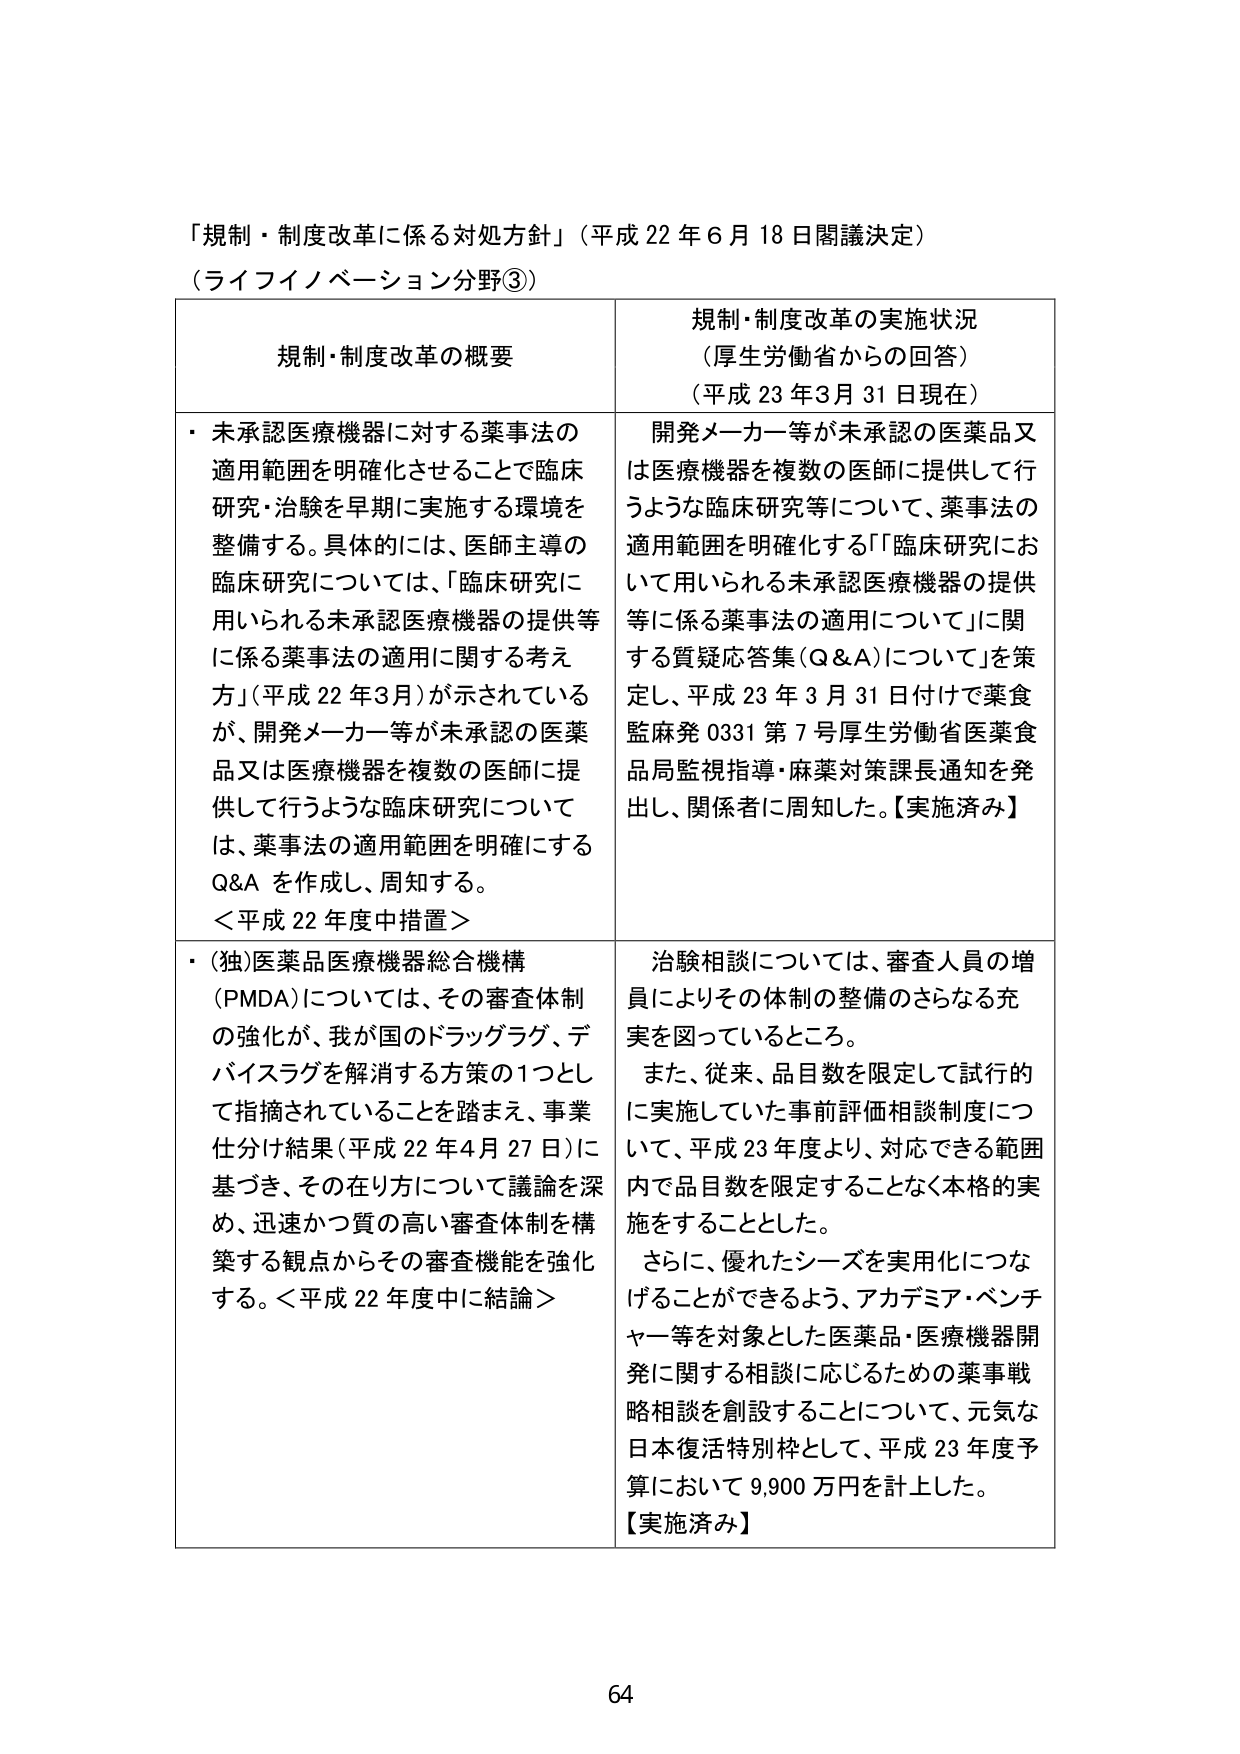
「規制・制度改革に係る対処方針」（平成22年6月18日閣議決定）
（ライフイノベーション分野③）

| 規制・制度改革の概要 | 規制・制度改革の実施状況（厚生労働省からの回答）（平成23年3月31日現在） |
|----------------------|--------------------------------------------------|
| ・未承認医療機器に対する薬事法の適用範囲を明確化させることで臨床研究・治験を早期に実施する環境を整備する。具体的には、医師主導の臨床研究については、「臨床研究に用いられる未承認医療機器の提供等に係る薬事法の適用に関する考え方」（平成22年3月）が示されているが、開発メーカー等が未承認の医薬品又は医療機器を複数の医師に提供して行うような臨床研究については、薬事法の適用範囲を明確にするQ&Aを作成し、周知する。＜平成22年度中措置＞ | 開発メーカー等が未承認の医薬品又は医療機器を複数の医師に提供して行うような臨床研究等について、薬事法の適用範囲を明確化する「『臨床研究において用いられる未承認医療機器の提供等に係る薬事法の適用について』に関する質疑応答集（Q&A）について」を策定し、平成23年3月31日付けで薬食監麻発0331第7号厚生労働省医薬食品局監視指導・麻薬対策課長通知を発出し、関係者に周知した。【実施済み】 |
| ・（独）医薬品医療機器総合機構（PMDA）については、その審査体制の強化が、我が国のドラッグラグ、デバイスラグを解消する方策の1つとして指摘されていることを踏まえ、事業仕分け結果（平成22年4月27日）に基づき、その在り方について議論を深め、迅速かつ質の高い審査体制を構築する観点からその審査機能を強化する。＜平成22年度中に結論＞ | 治験相談については、審査人員の増員によりその体制の整備のさらなる充実を図っているところ。また、従来、品目数を限定して試行的に実施していた事前評価相談制度について、平成23年度より、対応できる範囲内で品目数を限定することなく本格的実施をすることとした。さらに、優れたシーズを実用化につなげることができるよう、アカデミア・ベンチャー等を対象とした医薬品・医療機器開発に関する相談に応じるための薬事戦略相談を創設することについて、元気な日本復活特別枠として、平成23年度予算において9,900万円を計上した。【実施済み】 |

64